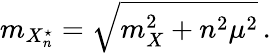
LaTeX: m_{X_{n}^{\star}}=\sqrt{m_{X}^{2}+n^{2}\mu^{2}}\, .